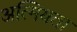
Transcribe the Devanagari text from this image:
अत्मियता